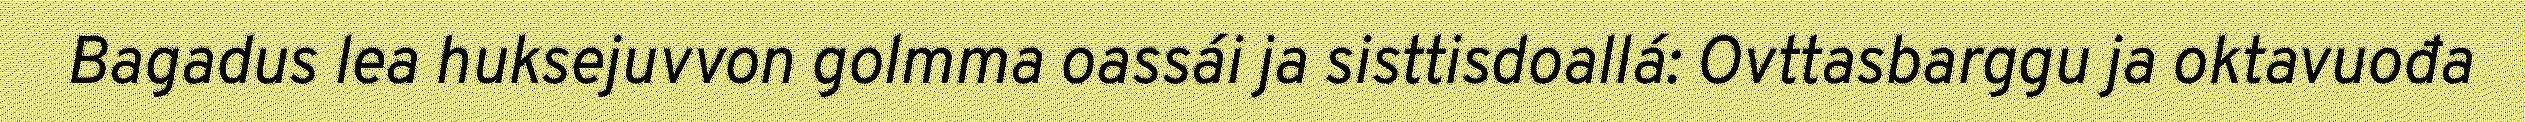
Bagadus lea huksejuvvon golmma oassái ja sisttisdoallá: Ovttasbarggu ja oktavuođa